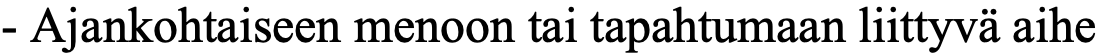
- Ajankohtaiseen menoon tai tapahtumaan liittyvä aihe